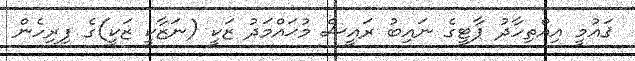
ޤައުމީ އިއްތިހާދު ޕާޓީގެ ނައިބު ރައީސް މުޙައްމަދު ޒަކީ (ނަޒާކީ ޒަކީ)ގެ ފިރިހެން